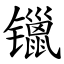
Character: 镴